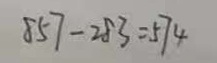
8 5 7 - 2 8 3 = 5 7 4